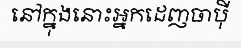
នៅក្នុងនោះអ្នកដេញចាប៉ី